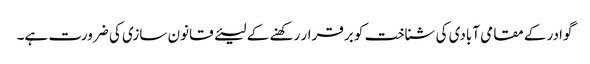
گوادر کے مقامی آبادی کی شناخت کو برقرار رکھنے کے لیئے قانون سازی کی ضرورت ہے۔